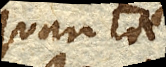
quanta